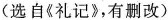
(选自《礼记》，有删改)